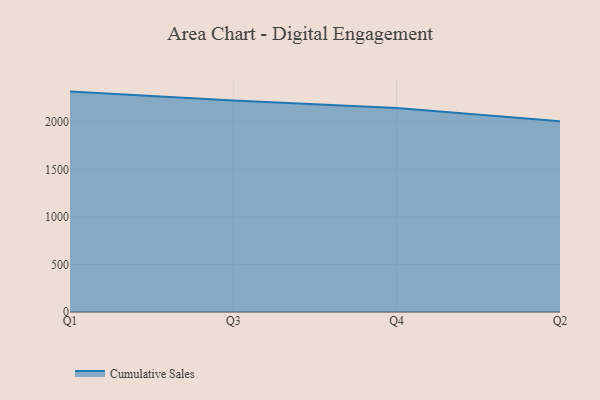
{"axis": {"x": "Quarter", "y": "Market Share (%)"}, "legend": ["Cumulative Sales"], "data": [{"x": "Q1", "y": 2318.6, "type": "Cumulative Sales"}, {"x": "Q3", "y": 2224.8, "type": "Cumulative Sales"}, {"x": "Q4", "y": 2147.1, "type": "Cumulative Sales"}, {"x": "Q2", "y": 2005.6, "type": "Cumulative Sales"}]}